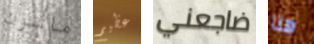
ماسون عظيم ضاجعني هنا